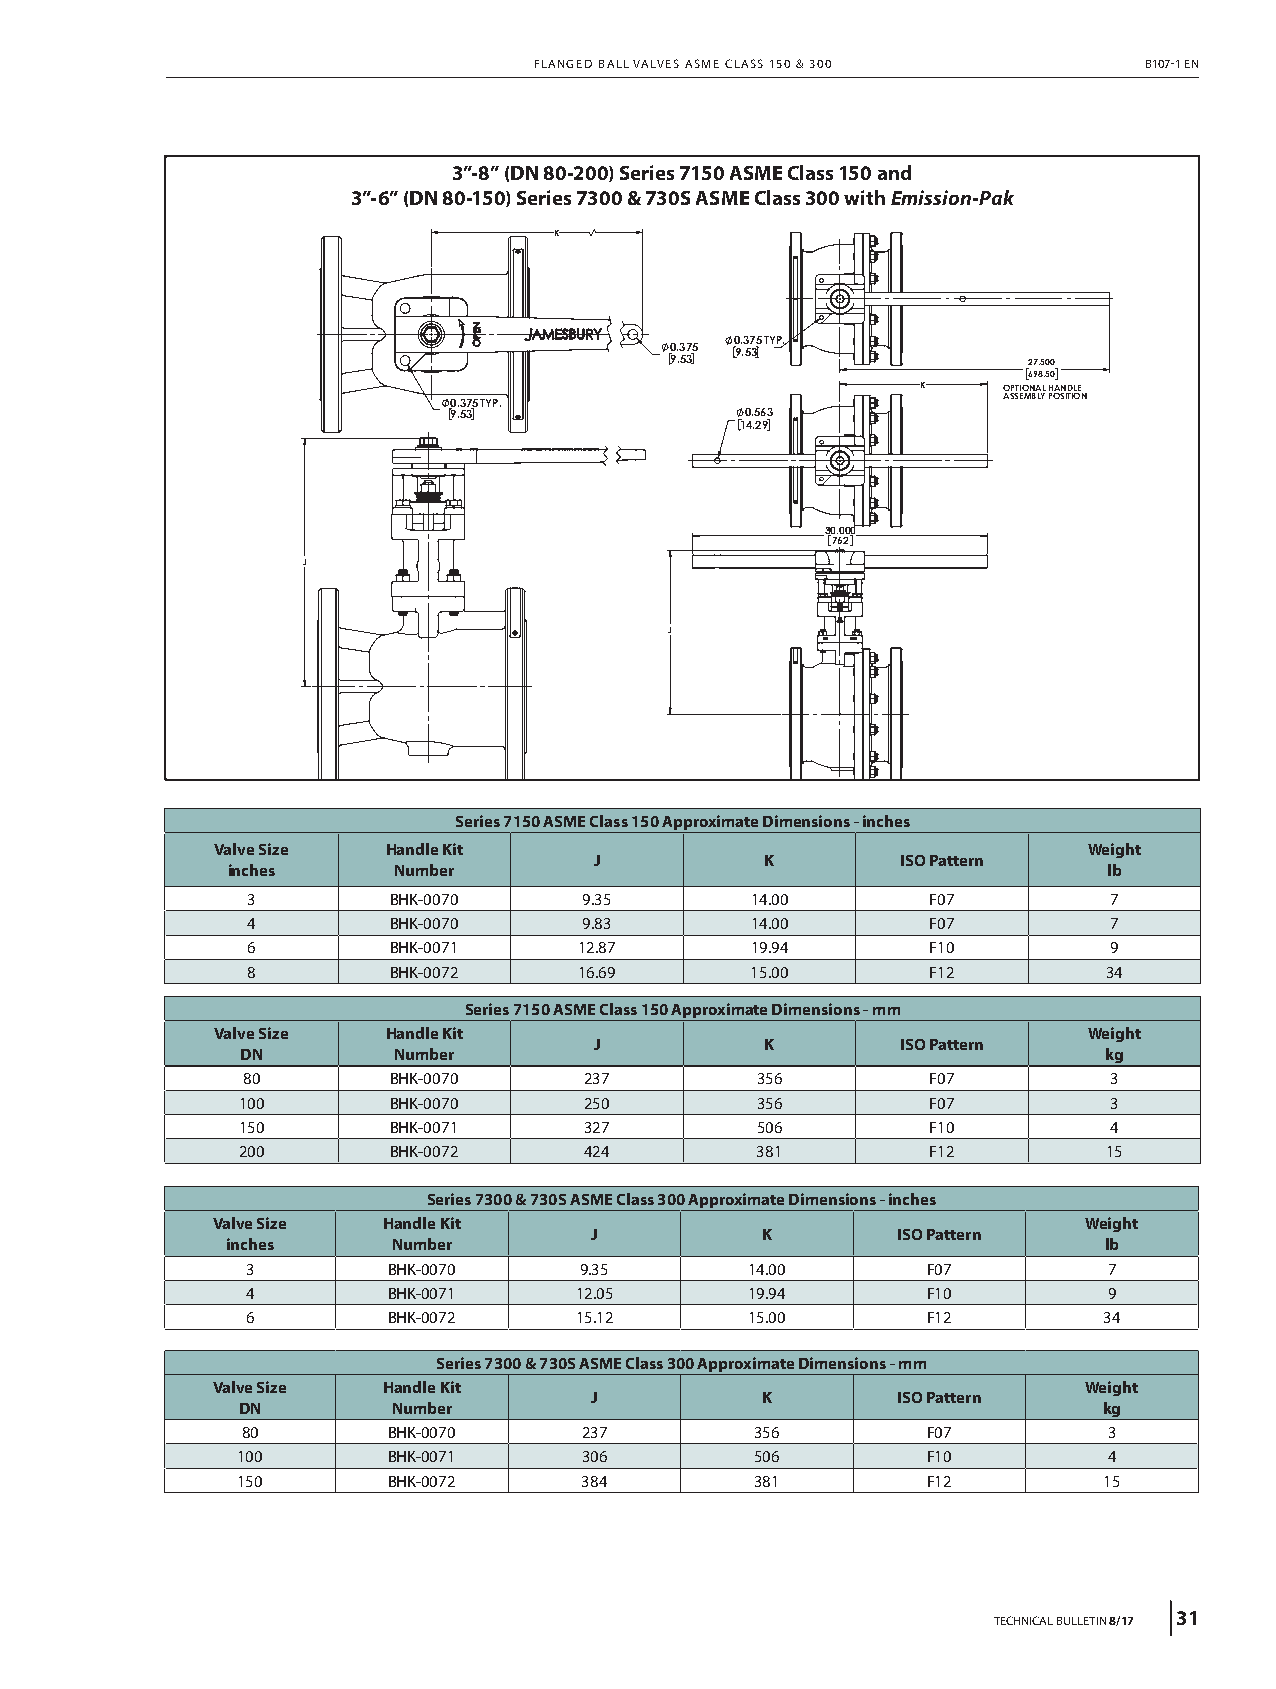
FLANGED BALL VALVES ASME CLASS 150 & 300 B107-1 EN
 3”-8” (DN 80-200) Series 7150 ASME Class 150 and
 3”-6” (DN 80-150) Series 7300 & 730S ASME Class 300 with Emission-Pak
 K
 0.375 TYP.
 0.375 9.53
 9.53                    27.500
 698.50
 K    OPTIONAL HANDLE
 0.375 TYP.                          ASSEMBLY POSITION
 9.53               0.563
 14.29
 30.000
 762
 J
 J
 BHK-0070 & BHK-0071           BHK-0072
 Series 7150 ASME Class 150 Approximate Dimensions - inches
 Valve Size  Handle Kit                                    Weight
 J           K        ISO Pattern
 inches     Number                                         lb
 3         BHK-0070     9.35       14.00       F07        7
 4         BHK-0070     9.83       14.00       F07        7
 6         BHK-0071    12.87       19.94       F10        9
 8         BHK-0072    16.69       15.00      F12         34
 Series 7150 ASME Class 150 Approximate Dimensions - mm
 Valve Size  Handle Kit                                    Weight
 J           K        ISO Pattern
 DN        Number                                         kg
 80        BHK-0070     237        356         F07        3
 100       BHK-0070     250        356         F07        3
 150       BHK-0071     327        506         F10        4
 200       BHK-0072     424        381        F12         15
 Series 7300 & 730S ASME Class 300 Approximate Dimensions - inches
 Valve Size Handle Kit                                     Weight
 J          K        ISO Pattern
 inches     Number                                         lb
 3         BHK-0070    9.35        14.00      F07         7
 4         BHK-0071    12.05       19.94      F10         9
 6         BHK-0072    15.12       15.00      F12         34
 Series 7300 & 730S ASME Class 300 Approximate Dimensions - mm
 Valve Size Handle Kit                                     Weight
 J          K        ISO Pattern
 DN        Number                                         kg
 80        BHK-0070    237         356        F07         3
 100       BHK-0071    306         506        F10         4
 150       BHK-0072    384         381        F12         15
 TECHNICAL BULLETIN 8/17 31